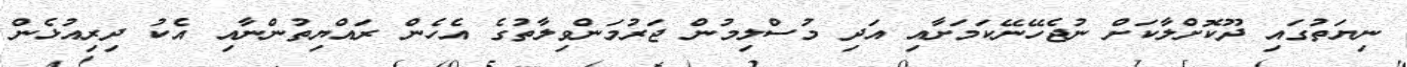
ނިޔަތުގައި ދޫކޮށްލާކަށް ނުޖެހޭނޭކަމަށާއި އަދި މުސްލިމުން ޖަރުމަންވިލާތުގެ އެހެން ރައްޔިތުންނާއި އެކު ދިރިއުޅެން